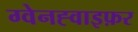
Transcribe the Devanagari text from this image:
ग्वेनह्वाइफ़र